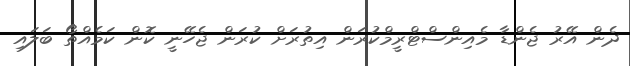
ދެން އޭރު ޖެންޑާ މެއިންސްޓްރީމްކުރަން އިތުރަށް ކުރަން ޖެހޭނީ ކޮން ކަމެއްތޯ ބަލައި